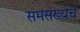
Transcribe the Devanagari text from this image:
समसंख्येचे